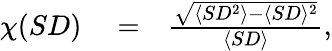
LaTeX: \begin{array}{rlr}{\chi(SD)}&{{}=}&{\frac{\sqrt{\langle SD^{2}\rangle-\langle SD\rangle^{2}}}{\langle SD\rangle},}\end{array}